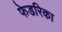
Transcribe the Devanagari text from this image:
फेडरिका